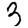
Digit: 3